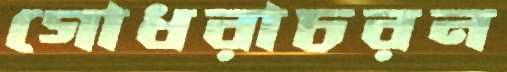
গোধরাচরন